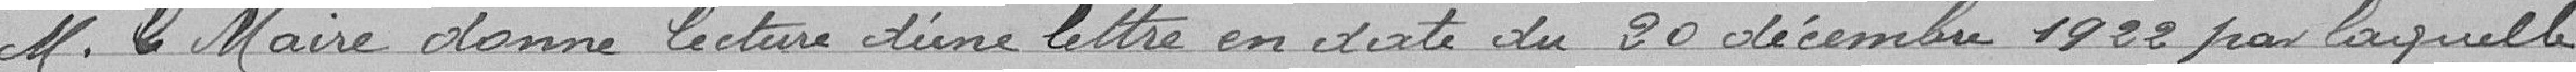
M. le Maire donne lecture d'une lettre en date du 20 décembre 1922 par laquelle